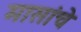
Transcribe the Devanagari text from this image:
मासांचे